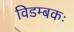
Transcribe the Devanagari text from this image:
विडम्बकः